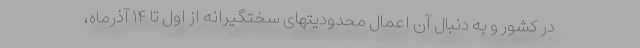
در کشور و به دنبال آن اعمال محدودیتهای سختگیرانه از اول تا ۱۴ آذرماه،